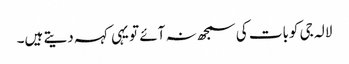
لالہ جی کوبات کی سمجھ نہ آئے تو یہی کہہ دیتے ہیں۔